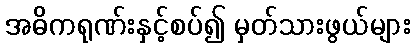
အဓိကရုဏ်းနှင့်စပ်၍ မှတ်သားဖွယ်များ